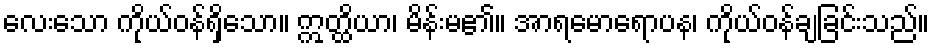
လေးသော ကိုယ်ဝန်ရှိသော။ ဣတ္ထိယာ၊ မိန်းမ၏။ အာရမောရောပန၊ ကိုယ်ဝန်ချခြင်းသည်။